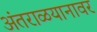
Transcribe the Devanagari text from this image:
अंतराळयानावर